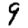
Digit: 9